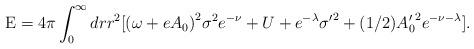
LaTeX: \begin{align*}\textrm{E}=4\pi\int_0^{\infty}drr^2[{(\omega+eA_0)}^2{\sigma}^2e^{-\nu}+U+e^{-\lambda}{\sigma'}^2+(1/2){A_0'}^2e^{-\nu-\lambda}].\end{align*}